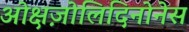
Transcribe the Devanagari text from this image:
ओक्षज़ोलिदिनोनेस